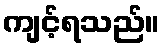
ကျင့်ရသည်။